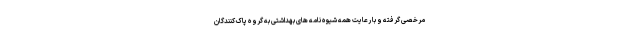
مرخصی گرفته و با رعایت همه شیوه نامه های بهداشتی به گروه پاک کنندگان